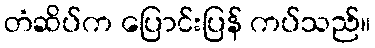
တံဆိပ်က ပြောင်းပြန် ကပ်သည်။